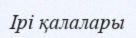
Ірі қалалары